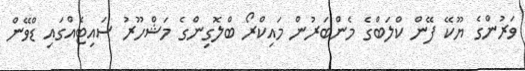
ވަރުންގެ ޔޫކޭ ފޭން ކްލަބްގެ މެންބަރުން މައިކްރޯ ބްލޮގިންގެ މަޝްހޫރު ސައިޓެއްގައި ޑްވޭން